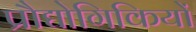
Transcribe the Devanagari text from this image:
प्रौद्योगिकियों